Annual report of the Central Committee of the Association together with the report of the directors of the Pasteur Institute at Kasauli
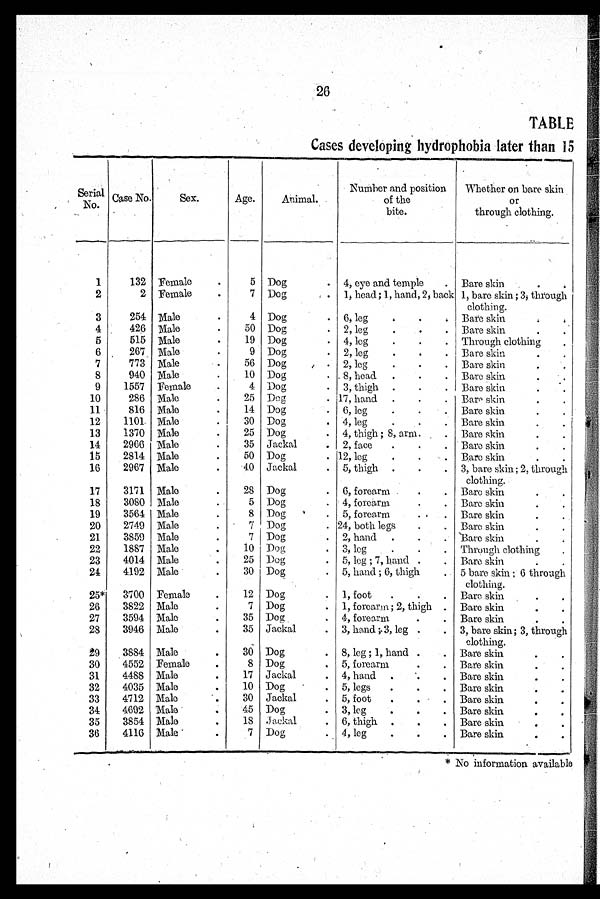
26
TABLE
Cases developing hydrophobia later than 15
Serial
No.
Case No.
Sex.
Age.
Animal.
Number and position
of the
bite.
Whether on bare skin
or
through clothing.
1
132 Female
5 Dog
4, eye and temple
Bare skin
2
2 Female
7 Dog
1, head ;1, hand, 2, back 1, bare skin ; 3, through
clothing.
3
254 Male.
4 Dog
6, leg
Bare skin
4
426 Male
50 Dog
2, leg
Bare skin
5
515 Male
19 Dog
4, log
Through clothing
6
267_ Male.
9 Dog
2, leg
Bare skin
7
773 Male
56 Dog
2, leg
Bare skin
8
940 Male
10 Dog
. 8, head
Bare skin
9
1557 Female
4 Dog
3, thigh
Bare skin
10
286 Male
25 Dog
17, hand
Bare skin
11
816 Male
14 Dog
6, leg
Bare skin
12
1101. Male
30 Dog
4, leg
Bare skin
13
1370 Male
25 Dog
4, thigh ; 8, arm.
Bare skin
14
2966 Male
35 Jackal
2, face
Bare skin
15
2814 Male
50 Dog
12, leg
Bare skin
16
2967 Male
40 Jackal
5, thigh
3, bare skin ; 2, through
clothing.
17
3171 Male
28 Dog
6, forearm
Bare skin
18
3080 Male
5 Dog
4, forearm
Bare skin
19
3564 Male
8 Dog
5, forearm ,
Bare skin
20
2749 Male.
7 Dog
24, both legs
Bare skin
21
3859 Male.
7 Dog
2, hand
Bare skin
22
1887 Male
10 Dog
3, leg
Through clothing
23
4014 Male
25 Dog
5, leg ; 7, hand
Bare skin
24
4192 Male
30 Dog
5, hand ; 6, thigh
5 bare skin ; 6 through
clothing.
25*
3700 Female
12 Dog
1, foot
Bare skin
26
3822 Male.
7 Dog
1, forearm ; 2, thigh
Bare skin
27
3594 Male
35 Dog .
4, forearm
Bare skin
28
3946 Male
35 Jackal
3, hand ;. 3, leg
3, bare skin; 3, through
clothing.
29
3884 Male
30 Dog
8, leg ; 1, hand
Bare skin
30
4552 Female
8 Dog
5, forearm
Bare skin
31
4488 Male
17 Jackal
4, hand
Bare skin
32
4035 Male
10 Dog
5, legs
Bare skin
33
4712 Male .
30 Jackal
5, foot
Bare skin
34
4602 Male
45 Dog
3, leg
Bare skin
35
3854 Male
18 jackal
6, thigh
Bare skin
36
4116 Male
7 Dog
4, leg
Bare skin
* No information available